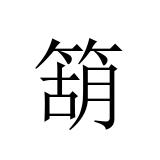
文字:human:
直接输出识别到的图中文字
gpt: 箶